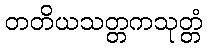
တတိယသတ္တကသုတ္တံ